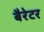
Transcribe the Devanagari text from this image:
बैरेटर